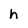
Character: h